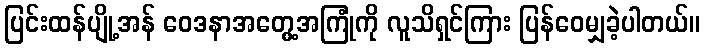
ပြင်းထန်ပျို့အန် ဝေဒနာအတွေ့အကြုံကို လူသိရှင်ကြား ပြန်ဝေမျှခဲ့ပါတယ်။